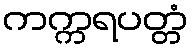
ကက္ကရပတ္တံ